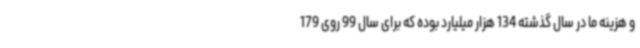
و هزینه ما در سال گذشته 134 هزار میلیارد بوده که برای سال 99 روی 179